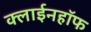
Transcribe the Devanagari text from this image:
क्लाईनहॉफ